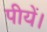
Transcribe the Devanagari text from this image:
पीयें।